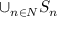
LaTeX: \cup _ { n \in N } S _ { n }